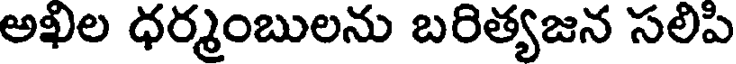
అఖిల ధర్మంబులను బరిత్యజన సలిపి